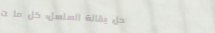
محل بقالة السلسل: كل ما ت